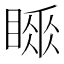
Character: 𥉚